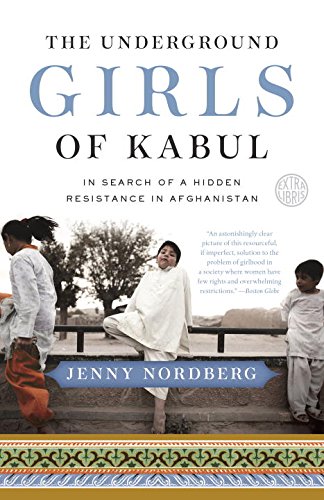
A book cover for The Underground Girls of Kabul: In Search of a Hidden Resistance in Afghanistan; Jenny Nordberg; Biographies & Memoirs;